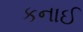
કનાઈ